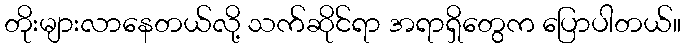
တိုးများလာနေတယ်လို့ သက်ဆိုင်ရာ အရာရှိတွေက ပြောပါတယ်။